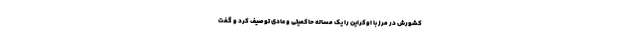
کشورش در مرز با اوکراین را یک مساله حاکمیتی و عادی توصیف کرد و گفت